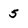
Character: 5